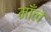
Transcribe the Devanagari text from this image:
माँल